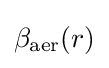
\beta _{\mathrm {aer} }(r)